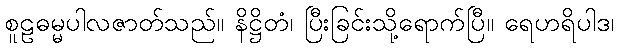
စူဠဓမ္မပါလဇာတ်သည်။ နိဋ္ဌိတံ၊ ပြီးခြင်းသို့ရောက်ပြီ။ ရေဟရိပါဒ၊